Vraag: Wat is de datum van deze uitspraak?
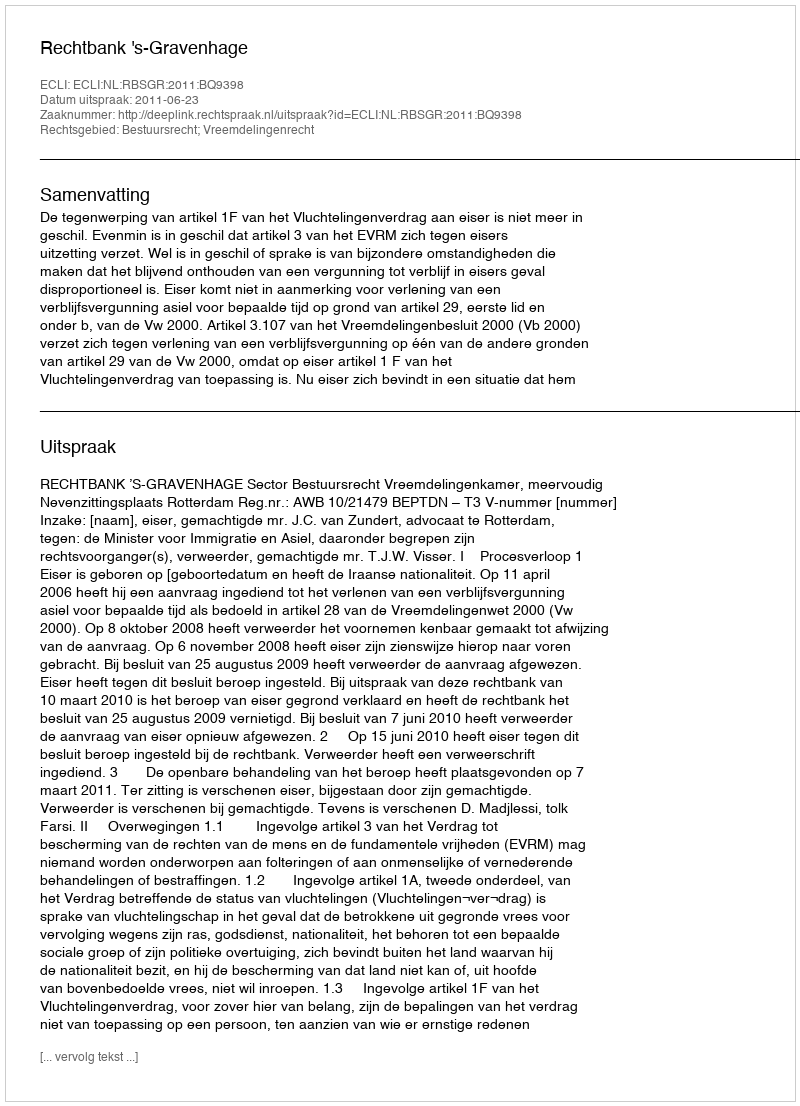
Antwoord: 2011-06-23